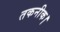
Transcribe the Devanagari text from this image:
तकनीक।